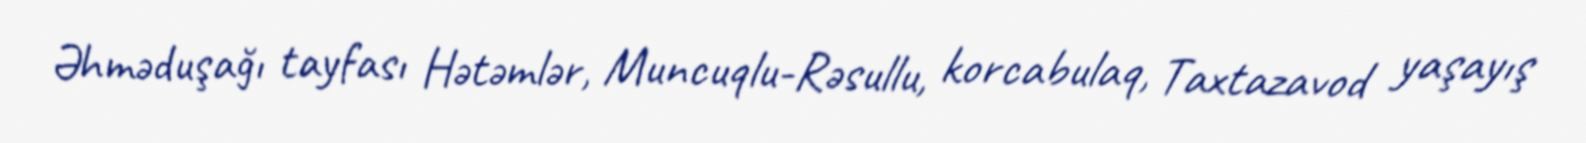
Əhməduşağı tayfası Hətəmlər, Muncuqlu-Rəsullu, korcabulaq, Taxtazavod yaşayış